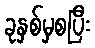
ခုနှစ်မှစပြီး